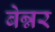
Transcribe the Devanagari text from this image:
बेन्नर